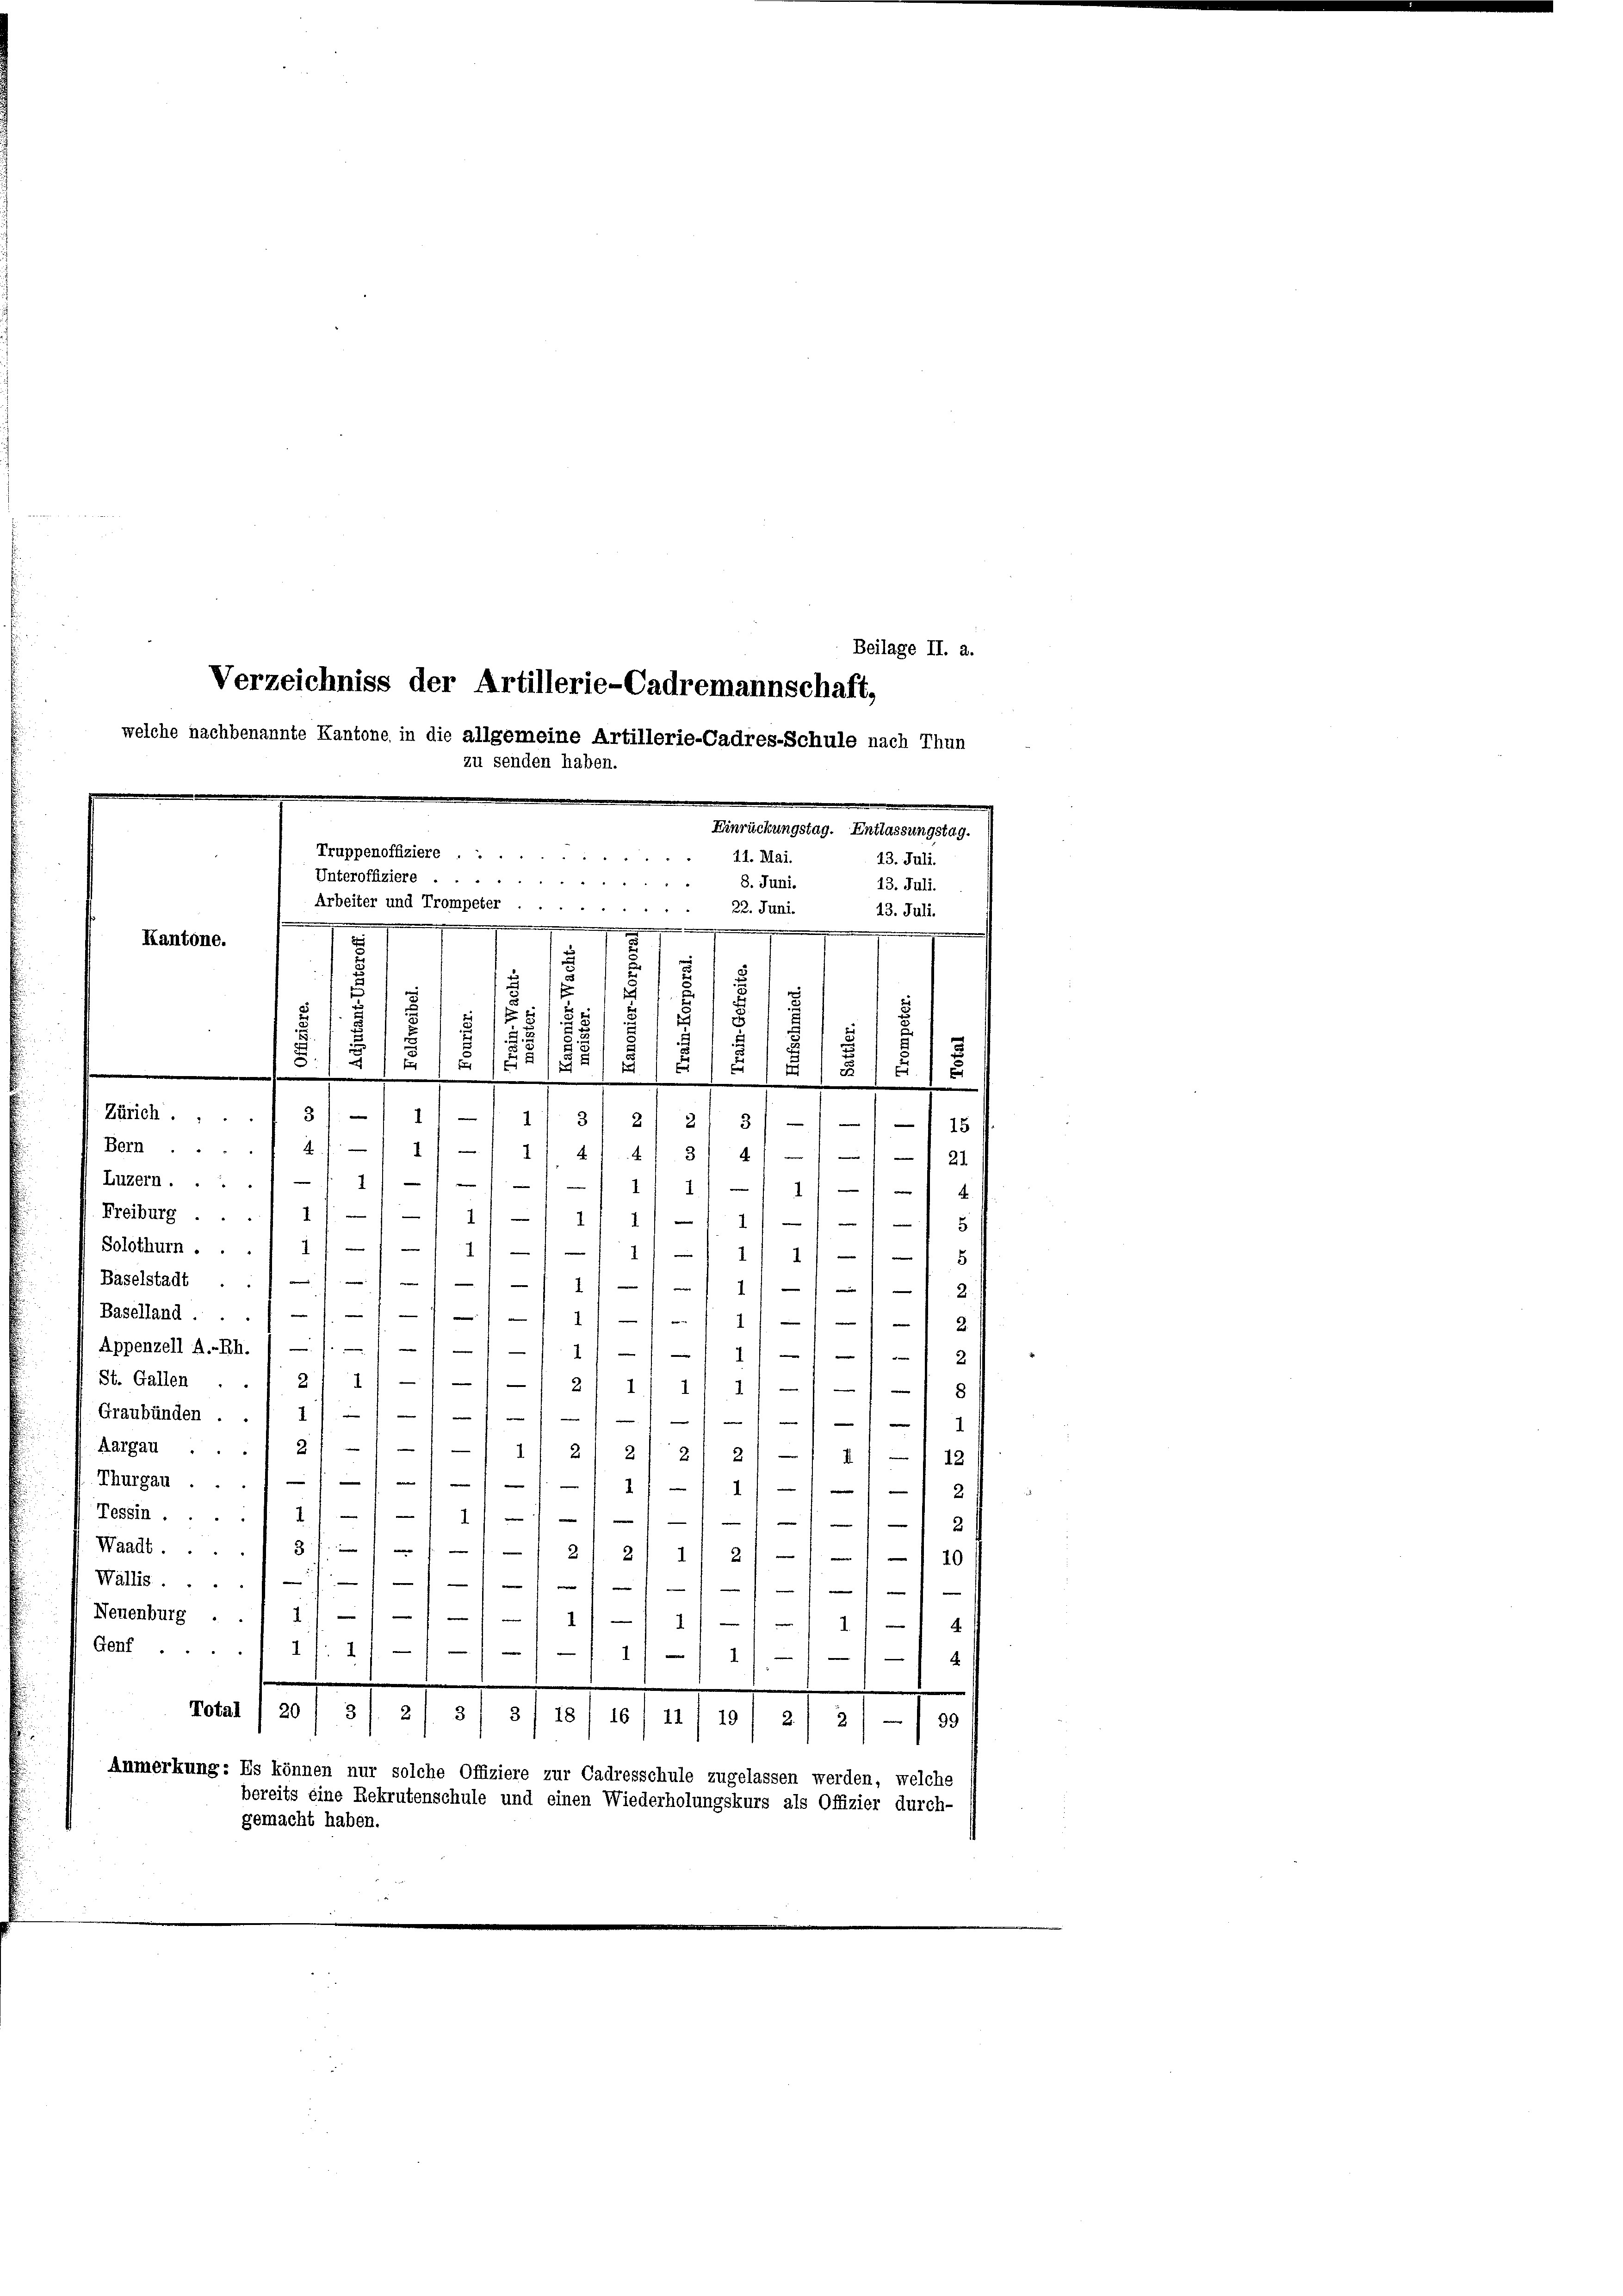
Verzeichniss der Artillerie-Cadremannschaft,
welche nachbenannte Kantone in die allgemeine Artillerie-Cadres-Schule nach Thun
zu senden haben.

m
Einrückungstag. Entlassungstag.
Truppenoffiziere
11. Mai.
13. Juli.
Unteroffiziere
8. Juni.
13. Juli.
Arbeiter und Trompeter
22. Juni.
13. Juli.
e
e
.
e
unchen
.
Kantone.
2
f
f
s
Iin

.
.
1
u
s
s
5
E
x
1
1
/5 1 x
.
d
14
.
e
Zürich ....13):
.
2 f. 81. 8
2
31—111 18

Solothurn ...
Baselstadt . .//
St. Gallen ..
Graubünden.
Aargau

Beilage II. 2.

Ben1 2/1 11 - 1/ 414 3/4/// - , 21
Luzern....1/ 1/ 1/
II 11 - 114
Freiburg ... 1/// 11 - 11/11 —
-
5
e

1
—
1
1
1/ 18
11/11/12.
Baselland .... - 11)
2
1
m
2.
Appenzell A.-Rh. / — /. — 1 - 11/11
1
2
1
2
1/21 1
1
1
i
|
1

21
1
.
21 21 2) 2) — 11 - 12
Thurgau ... 11/11/11/1/ / 2
1
Tessin ..... 1
I
1
2
Waadt. 87. 112 f. 21 g
e
e
¬
2
10

Wallis ...
e
e
e
e
e
7
Neuenburg .
1
1
.
Genf.
11.
e
11/1
.
Total 1 201 8 f. 21 3/ 3/ 18/ 16' 111 191 2) 2) —
99
Anmerkung: Es können nur solche Offiziere zur Cadresschule zugelassen werden, welche
bereits eine Rekrutenschule und einen Wiederholungskurs als Offizier durch-
gemacht haben.